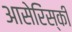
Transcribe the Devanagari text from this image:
आसेरिंस्की